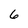
Character: 6